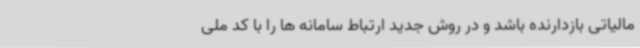
مالیاتی بازدارنده باشد و در روش جدید ارتباط سامانه ها را با کد ملی